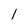
Character: l